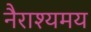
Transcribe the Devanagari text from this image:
नैराश्यमय